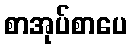
စာအုပ်စာပေ